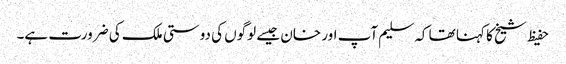
حفیظ شیخ کا کہنا تھا کہ سلیم آپ اور خان جیسے لوگوں کی دوستی ملک کی ضرورت ہے۔